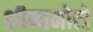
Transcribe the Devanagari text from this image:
शीमामोटो